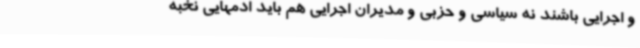
و اجرایی باشند نه سیاسی و حزبی و مدیران اجرایی هم باید ادمهایی نخبه